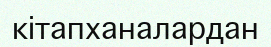
кітапханалардан